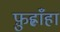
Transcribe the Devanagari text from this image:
फ़ुह्लाँहा